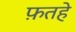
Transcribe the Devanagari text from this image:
फ़तहे